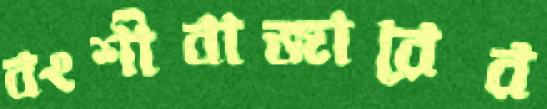
বংশীবাজারের